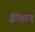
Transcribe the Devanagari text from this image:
ईत्तेहाद